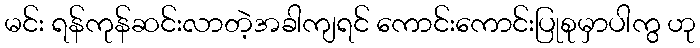
မင်း ရန်ကုန်ဆင်းလာတဲ့အခါကျရင် ကောင်းကောင်းပြုစုမှာပါကွ ဟု